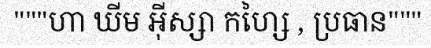
"""ហា ឃីម អ៊ីស្សា កហ្សៃ , ប្រធាន"""